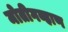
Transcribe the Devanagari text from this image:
मोतीगव्हाण